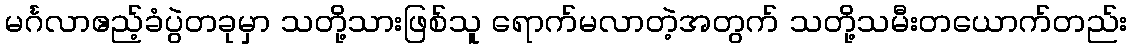
မင်္ဂလာဧည့်ခံပွဲတခုမှာ သတို့သားဖြစ်သူ ရောက်မလာတဲ့အတွက် သတို့သမီးတယောက်တည်း